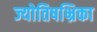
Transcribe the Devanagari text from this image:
ज्योतिषभ्रिका